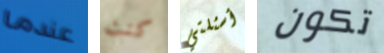
عندما كنت أسئلتي تكون